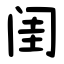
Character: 闺